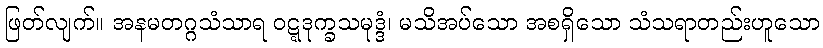
ဖြတ်လျက်။ အနမတဂ္ဂသံသာရ ဝဋ္ဋဒုက္ခသမုဒ္ဒံ၊ မသိအပ်သော အစရှိသော သံသရာတည်းဟူသော